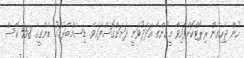
ހުން ޖެހިގެން ރިޕޯޓްކޮށްފައިވާ މީހުންގެ އަދަދުވަނީ ދަށަށްގޮސްފައެވެ. ޑިސެމްބަރުމަހު ޑެންގީގެ 558 ކޭސް